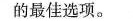
的最佳选项.